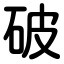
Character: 破